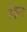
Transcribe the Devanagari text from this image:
हेइंला